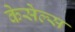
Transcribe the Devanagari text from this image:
केसेल्स